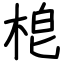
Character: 梎